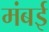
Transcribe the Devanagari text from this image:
मंबई